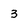
Character: 3